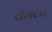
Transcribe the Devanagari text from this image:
वेगली